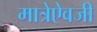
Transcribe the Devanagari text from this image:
मात्रेऐवजी